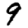
Digit: 9